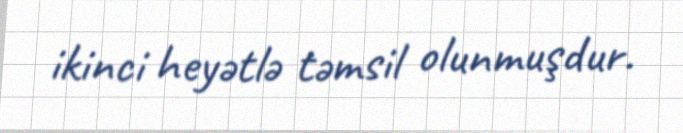
ikinci heyətlə təmsil olunmuşdur.